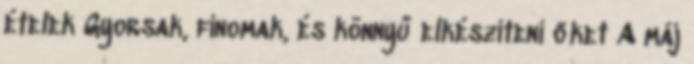
ételek Gyorsak, finomak, és könnyű elkészíteni őket A máj